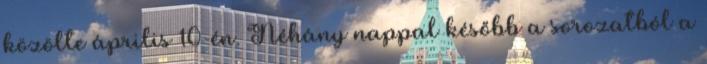
közölte április 10-én. Néhány nappal később a sorozatból a